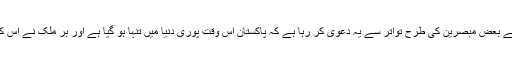
اگرچہ بھارتی میڈیا، پاکستان کے بعض مبصرین کی طرح تواتر سے یہ دعویٰ کر رہا ہے کہ پاکستان اس وقت پوری دنیا میں تنہا ہو گیا ہے اور ہر ملک نے اس کے موقف کو مسترد کر دیا ہے۔